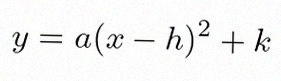
y=a(x-h)^2+k